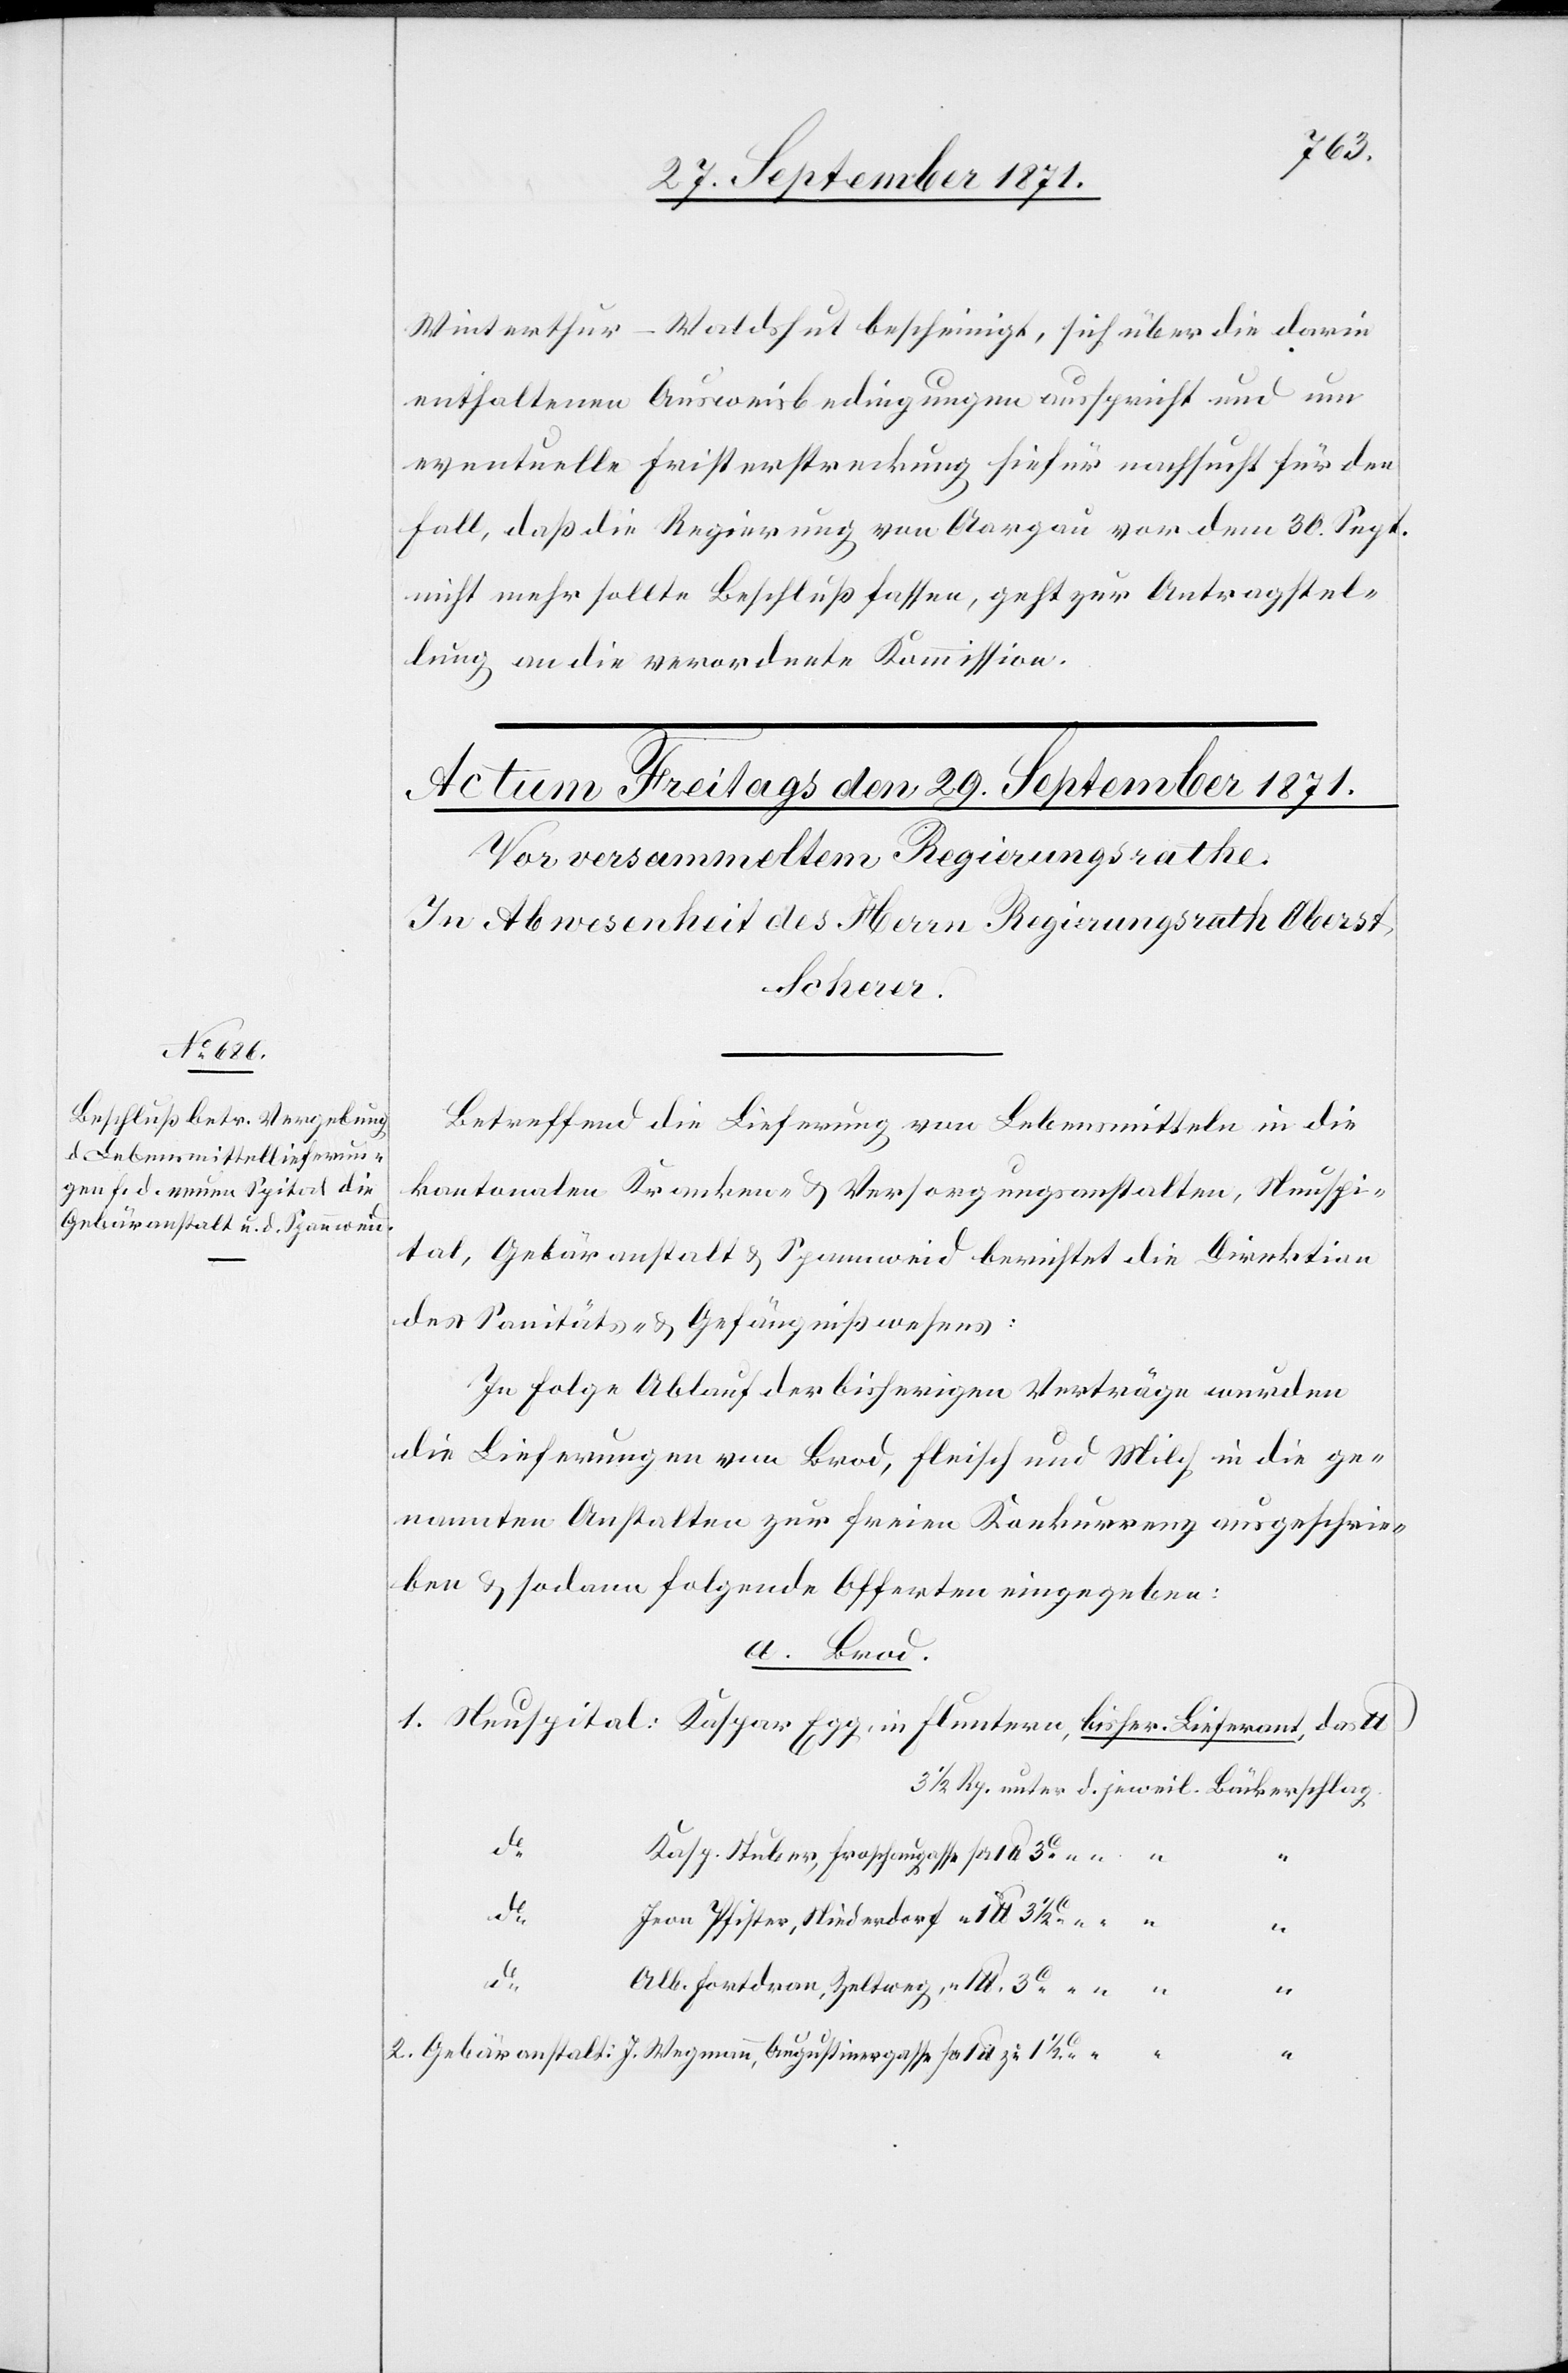
Winterthur–Waldshut bescheinigt, sich über die darin
enthaltenen Ausweisbedingungen ausspricht und um
eventuelle Fristerstreckung hiefür nachsucht für den
Fall, daß die Regierung von Aargau vor dem 30. Sept.
nicht mehr sollte Beschluß fassen, geht zur Antragstel¬
lung an die verordnete Kommission.
Betreffend die Lieferung von Lebensmitteln in die
kantonalen Kranken- & Versorgungsanstalten, Neuspi¬
tal, Gebäranstalt & Spannweid berichtet die Direktion
des Sanitäts- & Gefängnißwesens:
In Folge Ablauf der bisherigen Verträge wurden
die Lieferungen von Brod, Fleisch und Milch in die ge¬
nannten Anstalten zur freien Konkurrenz ausgeschrie¬
ben & sodann folgende Offerten eingegeben:
a. Brod.
do
Kasp. Stuber, Froschaugasse
do
Frau Pfister, Niederdorf
lb.
do
Alb. Fortdran, Zeltweg
1/2

1